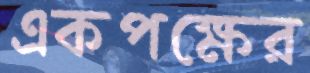
একপক্ষের